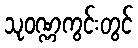
သုဝဏ္ဏကွင်းတွင်